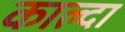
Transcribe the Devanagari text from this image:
काल्दा